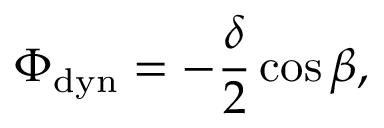
\Phi _ { \mathrm { d y n } } = - \frac { \delta } { 2 } \cos { \beta } ,